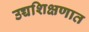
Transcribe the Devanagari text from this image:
उच्चशिक्षणात